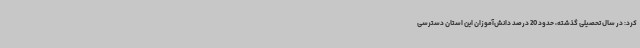
کرد: در سال تحصیلی گذشته، حدود 20 درصد دانش‌آموزان این استان دسترسی